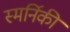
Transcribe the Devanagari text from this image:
स्मर्निकी